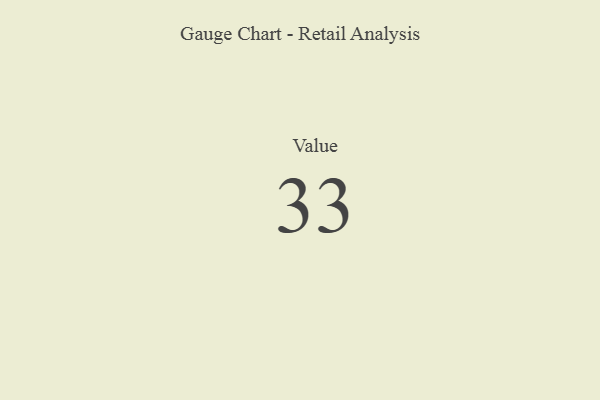
{"axis": {"x": "Metric", "y": "Value"}, "legend": [""], "data": [{"x": "Value", "y": 33, "type": ""}]}